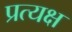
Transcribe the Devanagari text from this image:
प्रत्यक्ष